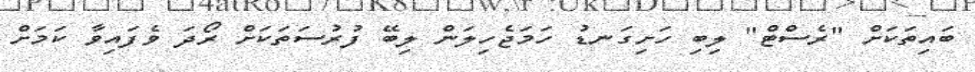
ބައިތަކަށް "ރެސްޓް" ލިބި ހަށިގަނޑު ހަމަޖެހިލަން ލިބޭ ފުރުސަތަކަށް ރޯދަ ވެފައިވާ ކަމަށް